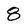
Character: 8